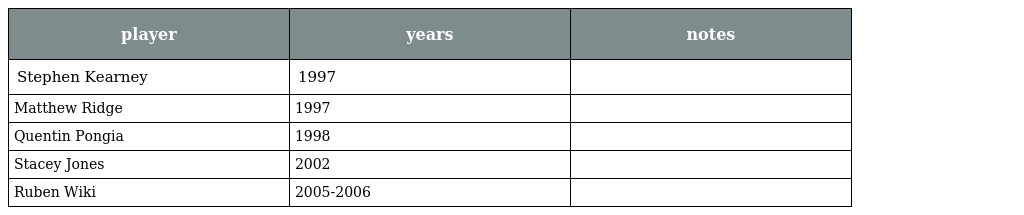
| player | years | notes |
 | --- | --- | --- |
 | Stephen Kearney | 1997 |  |
 | Matthew Ridge | 1997 |  |
 | Quentin Pongia | 1998 |  |
 | Stacey Jones | 2002 |  |
 | Ruben Wiki | 2005-2006 |  |